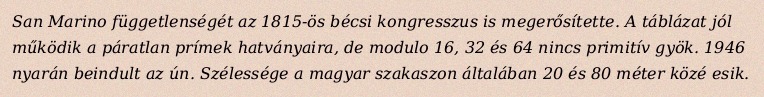
San Marino függetlenségét az 1815-ös bécsi kongresszus is megerősítette. A táblázat jól működik a páratlan prímek hatványaira, de modulo 16, 32 és 64 nincs primitív gyök. 1946 nyarán beindult az ún. Szélessége a magyar szakaszon általában 20 és 80 méter közé esik.